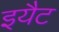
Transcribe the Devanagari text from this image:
इयैट